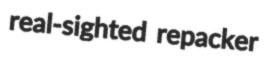
real-sighted repacker